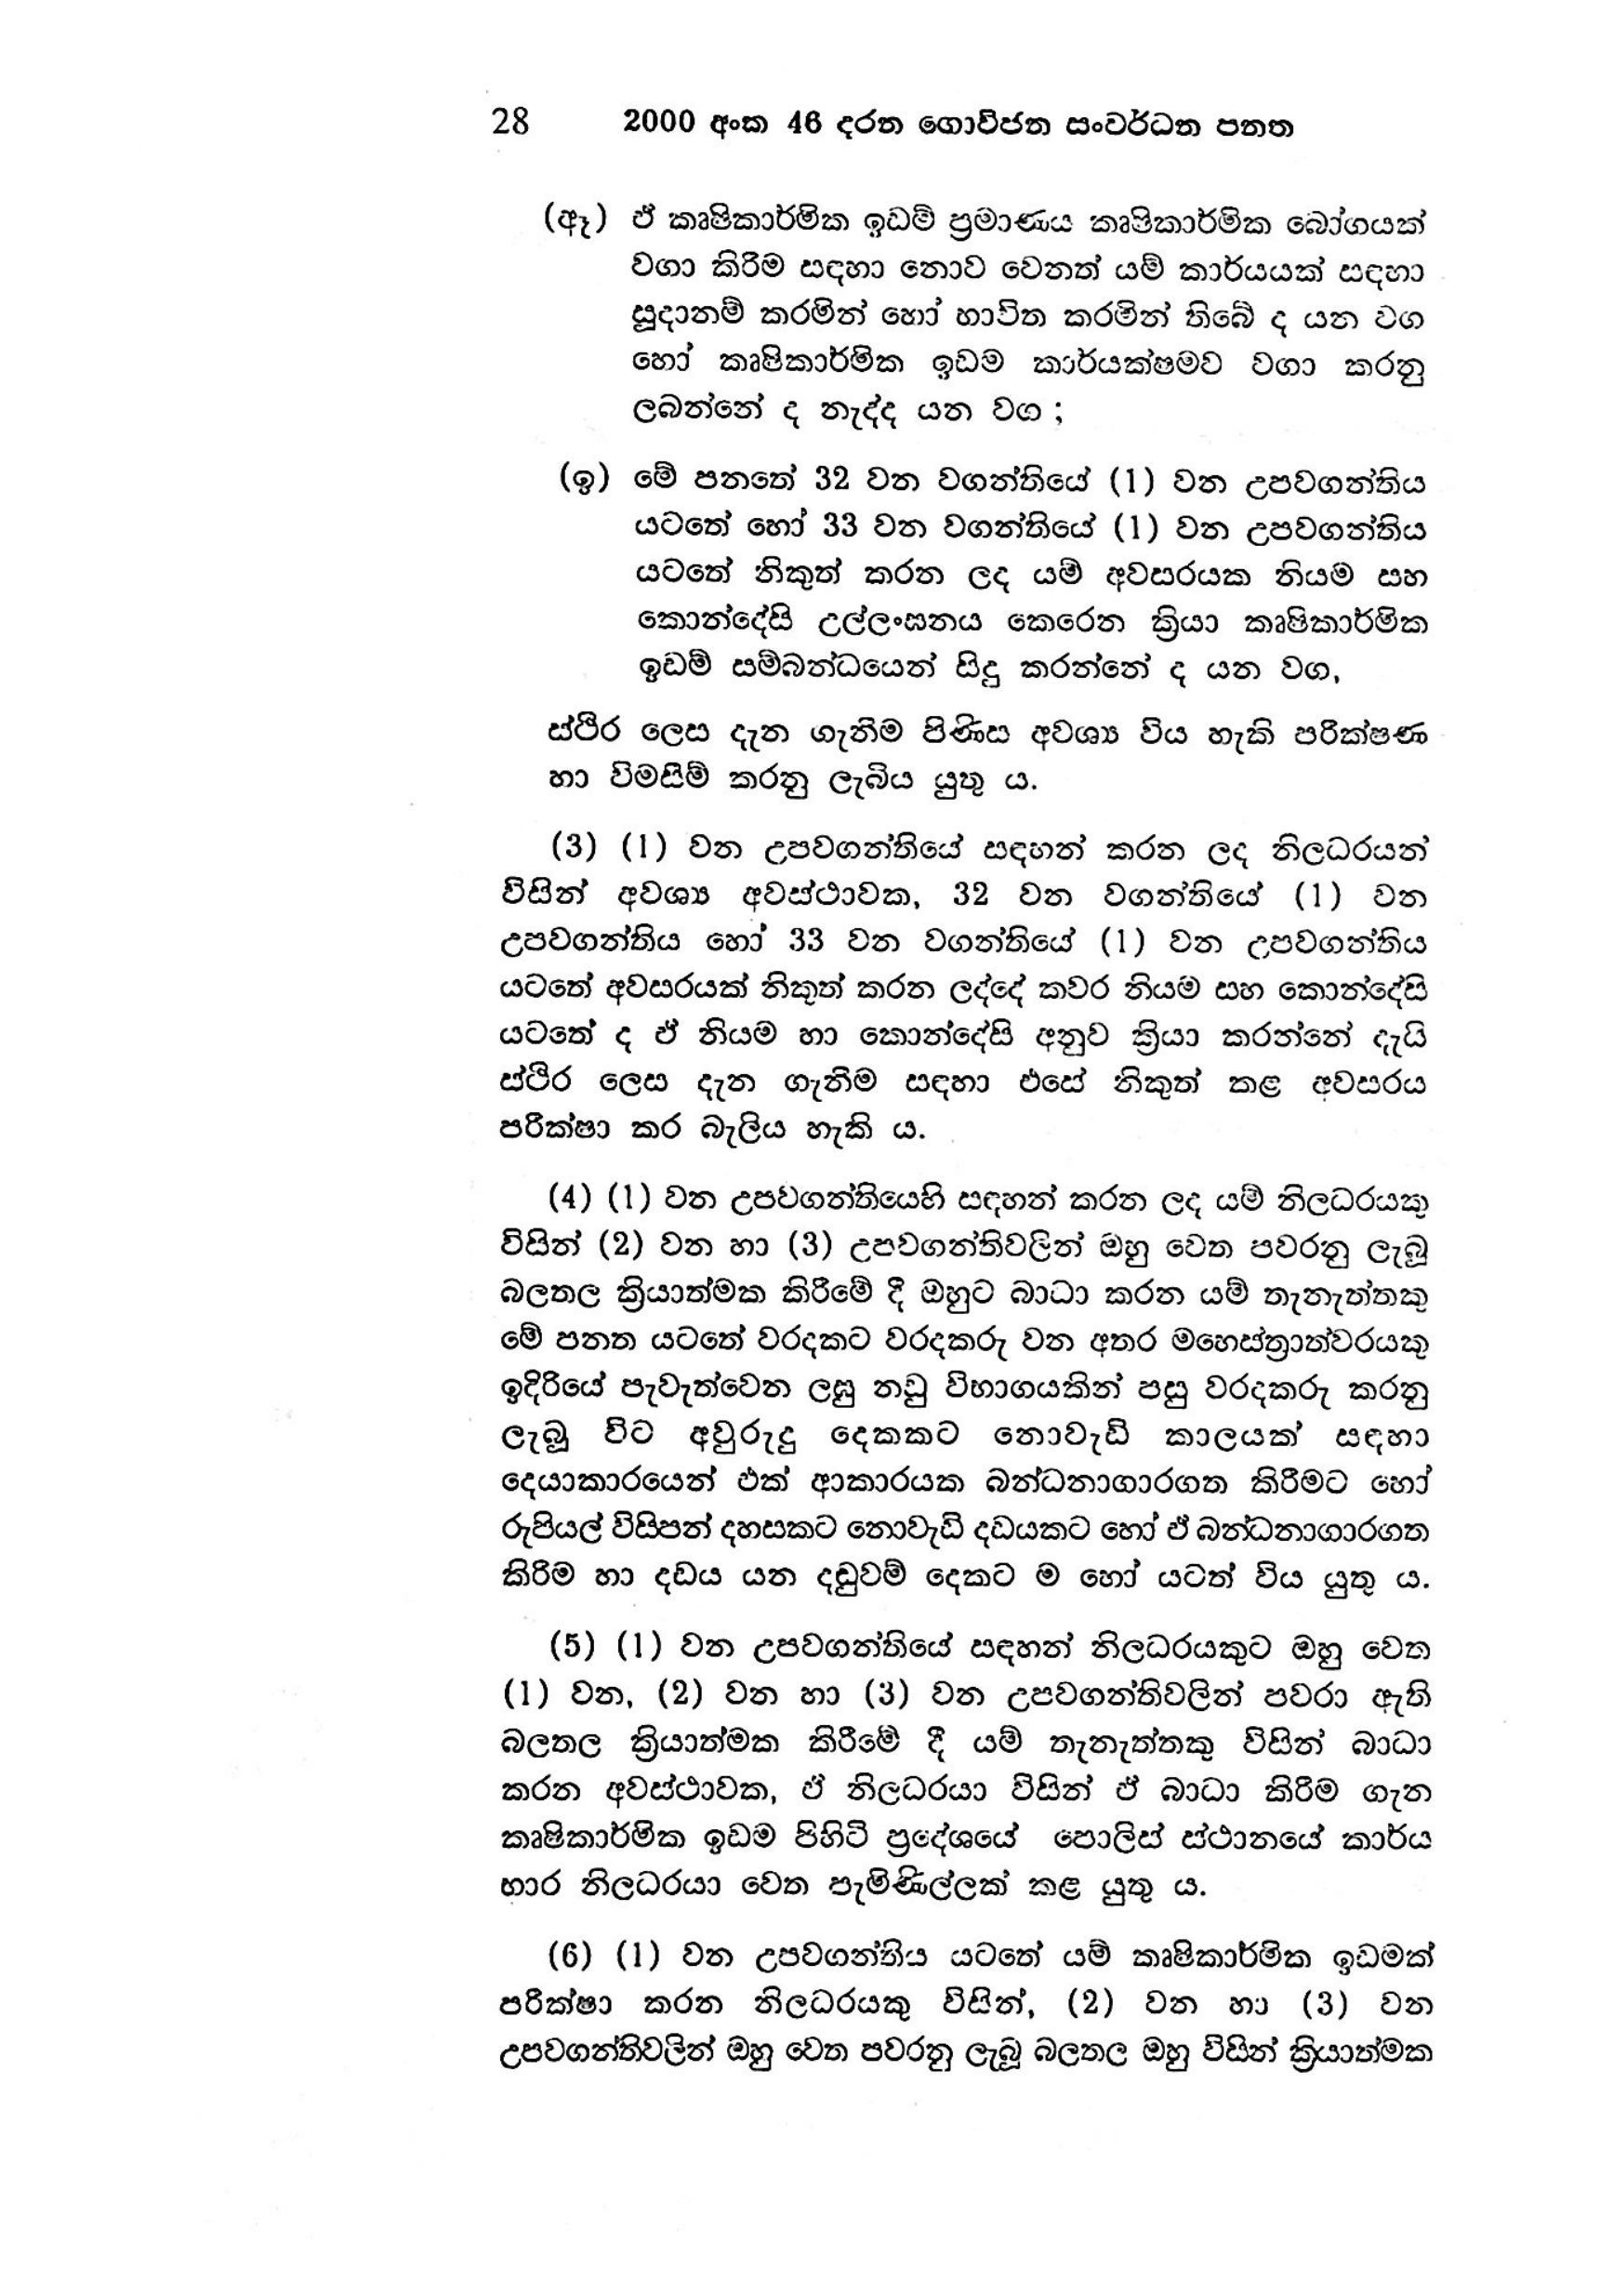
28 2000 අංක 46 දරන ගොවිජන සංවර්ධන පනත

(ඈ) ඒ කෘෂිකාර්මික ඉඩම් ප්‍රමාණය කෘෂිකාර්මික බෝගයක්
වගා කිරීම සඳහා නොව වෙනත් යම් කාර්යයක් සඳහා
සූදානම් කරමින් හෝ භාවිත කරමින් තිබේ ද යන වග
හෝ කෘෂිකාර්මික ඉඩම කාර්යක්ෂමව වගා කරනු
ලබන්නේ ද නැද්ද යන වග ;

(ඉ) මේ පනතේ 32 වන වගන්තියේ (1) වන උපවගන්තිය
යටතේ හෝ 33 වන වගන්තියේ (1) වන උපවගන්තිය
යටතේ නිකුත් කරන ලද යම් අවසරයක නියම සහ
කොන්දේසි උල්ලංඝනය කෙරෙන ක්‍රියා කෘෂිකාර්මික
ඉඩම් සම්බන්ධයෙන් සිදු කරන්නේ ද යන වග,

ස්ථිර ලෙස දැන ගැනිම පිණිස අවශ්‍ය විය හැකි පරික්ෂණ
හා විමසීම් කරනු ලැබිය යුතු ය.

(3) (1) වන උපවගන්තියේ සඳහන් කරන ලද නිලධරයන්
විසින් අවශ්‍ය අවස්ථාවක, 32 වන වගන්තියේ (1) වන
උපවගන්තිය හෝ 33 වන වගන්තියේ (1) වන උපවගන්තිය
යටතේ අවසරයක් නිකුත් කරන ලද්දේ කවර නියම සහ කොන්දේසි
යටතේ ද ඒ නියම හා කොන්දේසි අනුව ක්‍රියා කරන්නේ දැයි
ස්ථිර ලෙස දැන ගැනිම සඳහා එසේ නිකුත් කළ අවසරය
පරීක්ෂා කර බැලිය හැකි ය.

(4) (1) වන උපවගන්තියෙහි සඳහන් කරන ලද යම් නිලධරයකු
විසින් (2) වන හා (3) උපවගන්තිවලින් ඔහු වෙත පවරනු ලැබූ
බලතල ක්‍රියාත්මක කිරීමේ දී ඔහුට බාධා කරන යම් තැනැත්තකු
මේ පනත යටතේ වරදකට වරදකරු වන අතර මහෙස්ත්‍රාත්වරයකු
ඉදිරියේ පැවැත්වෙන ලඝු නඩු විභාගයකින් පසු වරදකරු කරනු
ලැබූ විට අවුරුදු දෙකකට නොවැඩි කාලයක් සඳහා
දෙයාකාරයෙන් එක් ආකාරයක බන්ධනාගාරගත කිරීමට හෝ
රුපියල් විසිපන් දහසකට නොවැඩි දඩයකට හෝ ඒ බන්ධනාගාරගත
කිරිම හා දඩය යන දඬුවම් දෙකට ම හෝ යටත් විය යුතු ය.

(5) (1) වන උපවගන්තියේ සඳහන් නිලධරයකුට ඔහු වෙත
(1) වන, (2) වන හා (3) වන උපවගන්තිවලින් පවරා ඇති
බලතල ක්‍රියාත්මක කිරීමේ දී යම් තැනැත්තකු විසින් බාධා
කරන අවස්ථාවක, ඒ නිලධරයා විසින් ඒ බාධා කිරීම ගැන
කෘෂිකාර්මික ඉඩම පිහිටි ප්‍රදේශයේ පොලිස් ස්ථානයේ කාර්ය
භාර නිලධරයා වෙත පැමිණිල්ලක් කළ යුතු ය.

(6) (1) වන උපවගන්තිය යටතේ යම් කෘෂිකාර්මික ඉඩමක්
පරීක්ෂා කරන නිලධරයකු විසින්, (2) වන හා (3) වන
උපවගන්තිවලින් ඔහු වෙත පවරනු ලැබූ බලතල ඔහු විසින් ක්‍රියාත්මක